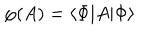
\mathcal { \varphi } ( A ) = \left\langle \Phi | A | \Phi \right\rangle